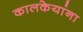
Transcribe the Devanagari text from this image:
कालकेयांना